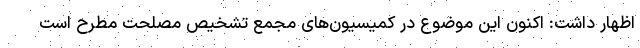
اظهار داشت: اکنون این موضوع در کمیسیون‌های مجمع تشخیص مصلحت مطرح است